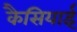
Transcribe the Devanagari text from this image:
कैसियाई